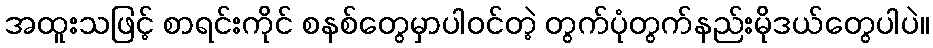
အထူးသဖြင့် စာရင်းကိုင် စနစ်တွေမှာပါဝင်တဲ့ တွက်ပုံတွက်နည်းမိုဒယ်တွေပါပဲ။